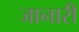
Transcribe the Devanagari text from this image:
जानारी